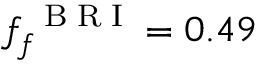
f _ { f } ^ { \mathrm { ~ \tiny ~ B ~ R ~ I ~ } } = 0 . 4 9